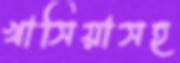
খাসিয়াসহ